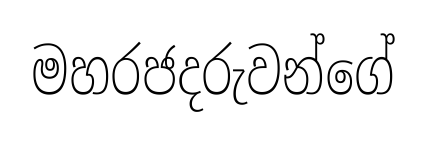
මහරජදරුවන්ගේ